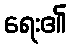
ရေး၏